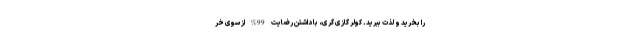
را بخرید و لذت ببرید. کولر گازی گری، با داشتن رضایت 99% از سوی خر